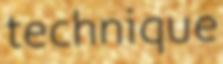
technique